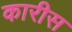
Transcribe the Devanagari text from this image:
कारीस